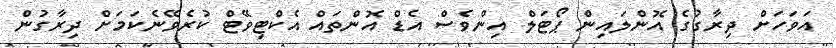
އަވަހަށް ދިރާގުގެ އޮންލައިން ޕޯޓަލް އިންވެސް އެޑް އޮންތައް އެކްޓިވޭޓް ކުރެވޭނެކަމަށް ދިރާގުން